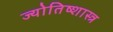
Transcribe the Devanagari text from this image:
ज्योतिष्शास्त्र